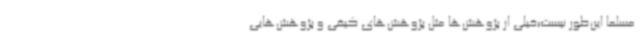
مسلما این‌طور نیست؛خیلی از پژوهش‌ها مثل پژوهش‌های کیفی و پژوهش‌هایی